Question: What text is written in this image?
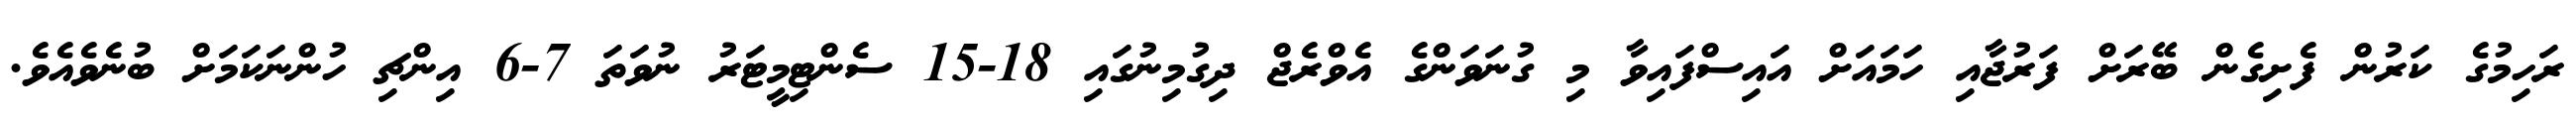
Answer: ރަހިމުގެ ކަރުން ފެށިގެން ބޭރަށް ފަރުޖާއި ހަމައަށް އައިސްފައިވާ މި ގުނަވަންގެ އެވްރެޖް ދިގުމިނުގައި 18-15 ސެންޓިމީޓަރު ނުވަތަ 7-6 އިންޗި ހުންނަކަމަށް ބުނެވެއެވެ.